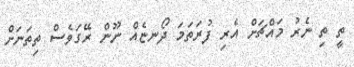
ތީ ތި ނެރު މައްޗަށް އެރި ފުރަތަމަ ދޯނޏެއް ނޫން ރޭގަވެސް ތިތަނަށް